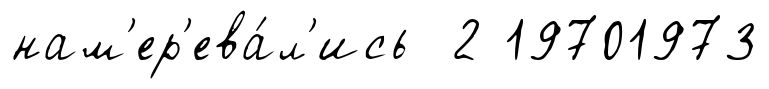
нам'ер'ева́л'ись 2 19701973